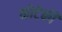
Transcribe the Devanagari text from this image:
कोटेकी